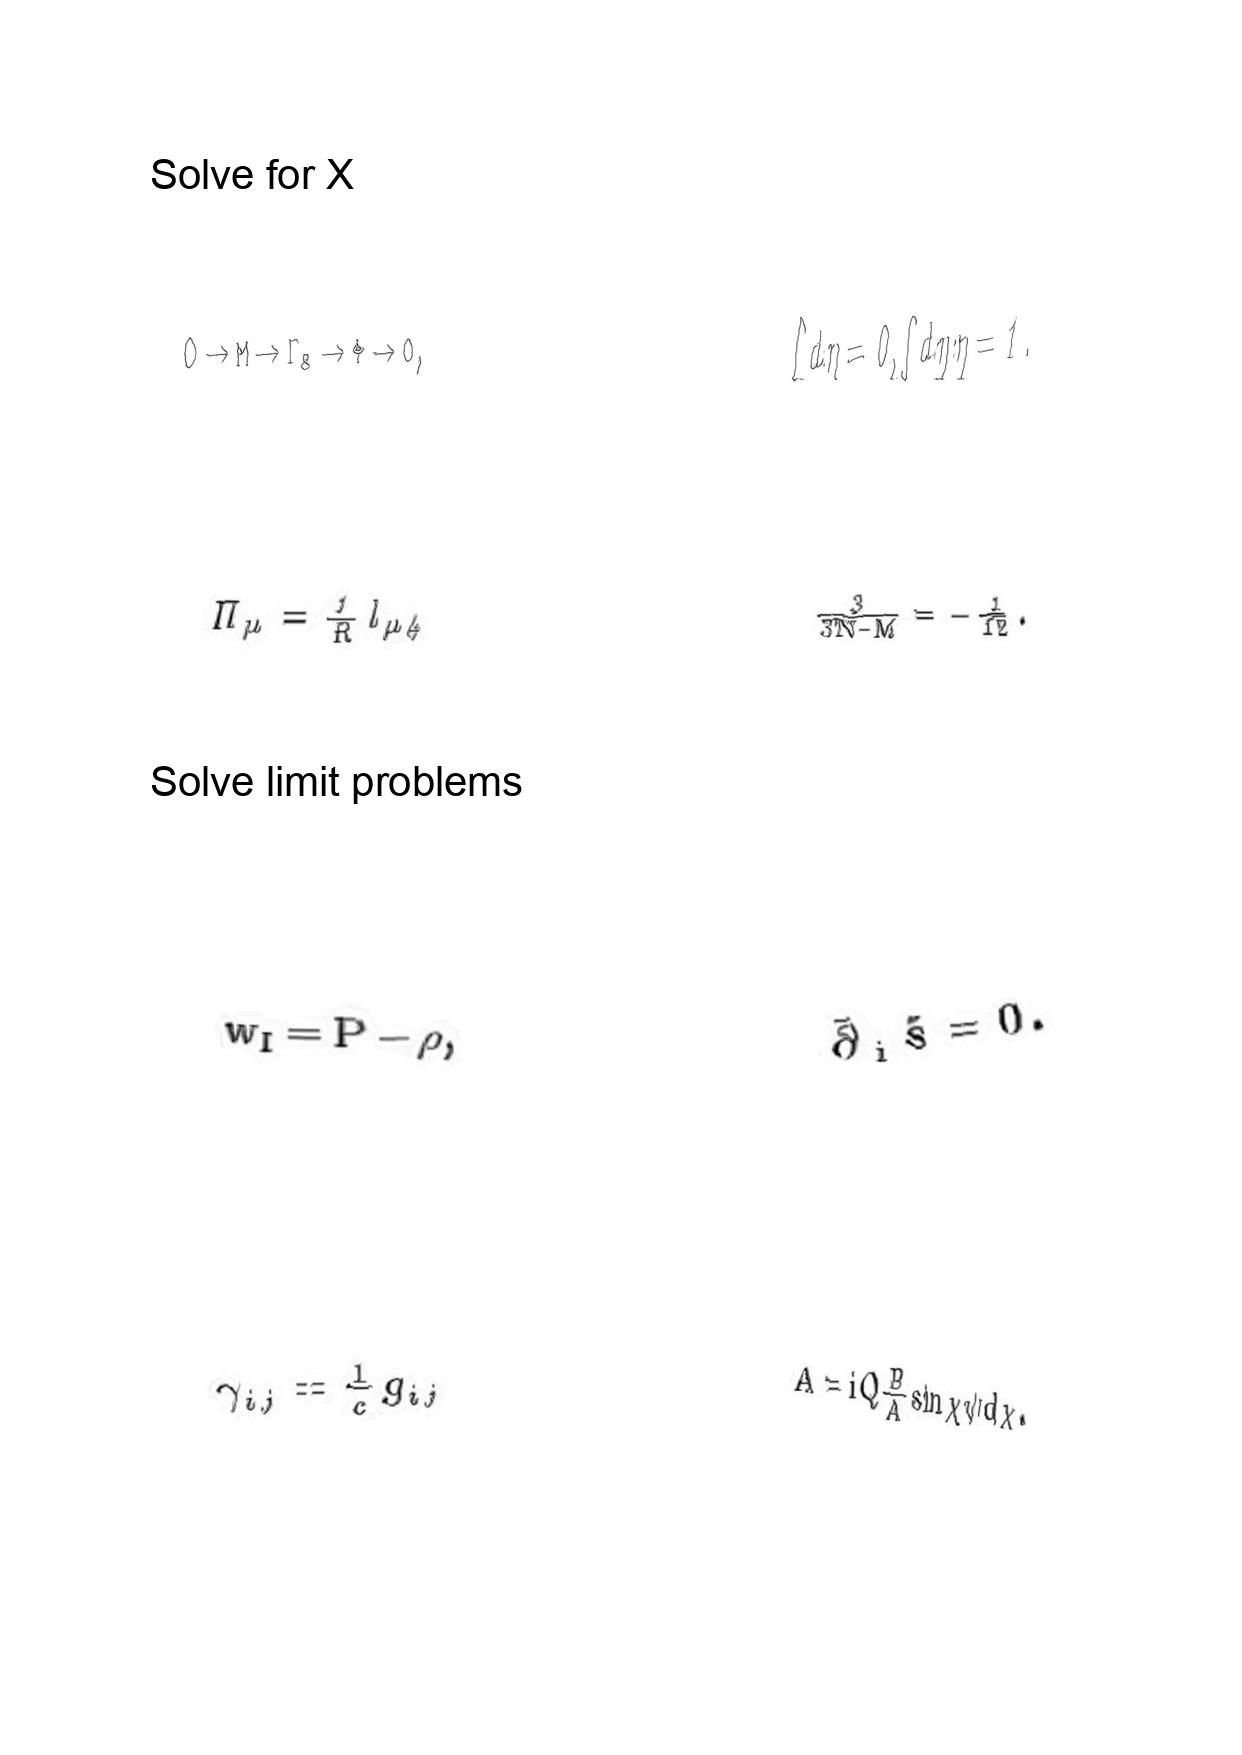
LaTeX transcription:
0 \to M \to \Gamma _ { 8 } \to \Phi \to 0 ,
\Pi _ { \mu } = \frac { 1 } { R } l _ { \mu 4 }
w _ { I } = P - \rho ,
\gamma _ { i j } = \frac { 1 } { c } g _ { i j }
\int d \eta = 0 , \int d \eta \eta = 1 .
\frac { 3 } { 3 N - M } = - \frac { 1 } { 1 2 } .
\bar { \partial } _ { i } \tilde { s } = 0 .
A = i Q \frac { B } { A } \sin \chi \psi d \chi .